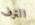
الترف